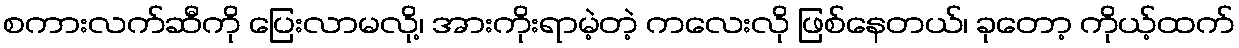
စကားလက်ဆီကို ပြေးလာမလို့၊ အားကိုးရာမဲ့တဲ့ ကလေးလို ဖြစ်နေတယ်၊ ခုတော့ ကိုယ့်ထက်